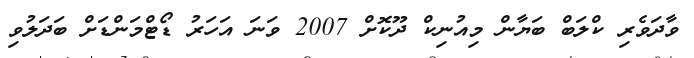
ވާދަވެރި ކްލަބް ބަޔާން މިއުނިކް ދޫކޮށް 2007 ވަނަ އަހަރު ޑޯޓްމަންޑަށް ބަދަލުވި